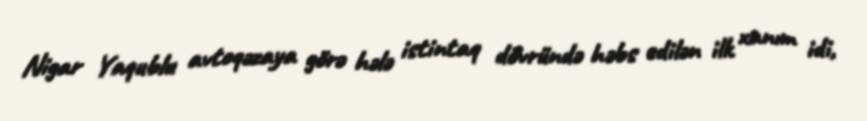
Nigar Yaqublu avtoqəzaya görə hələ istintaq dövründə həbs edilən ilk xanım idi,